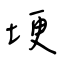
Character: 埂